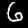
Digit: 6